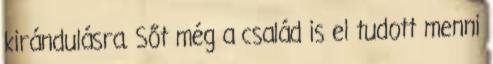
kirándulásra. Sőt még a család is el tudott menni